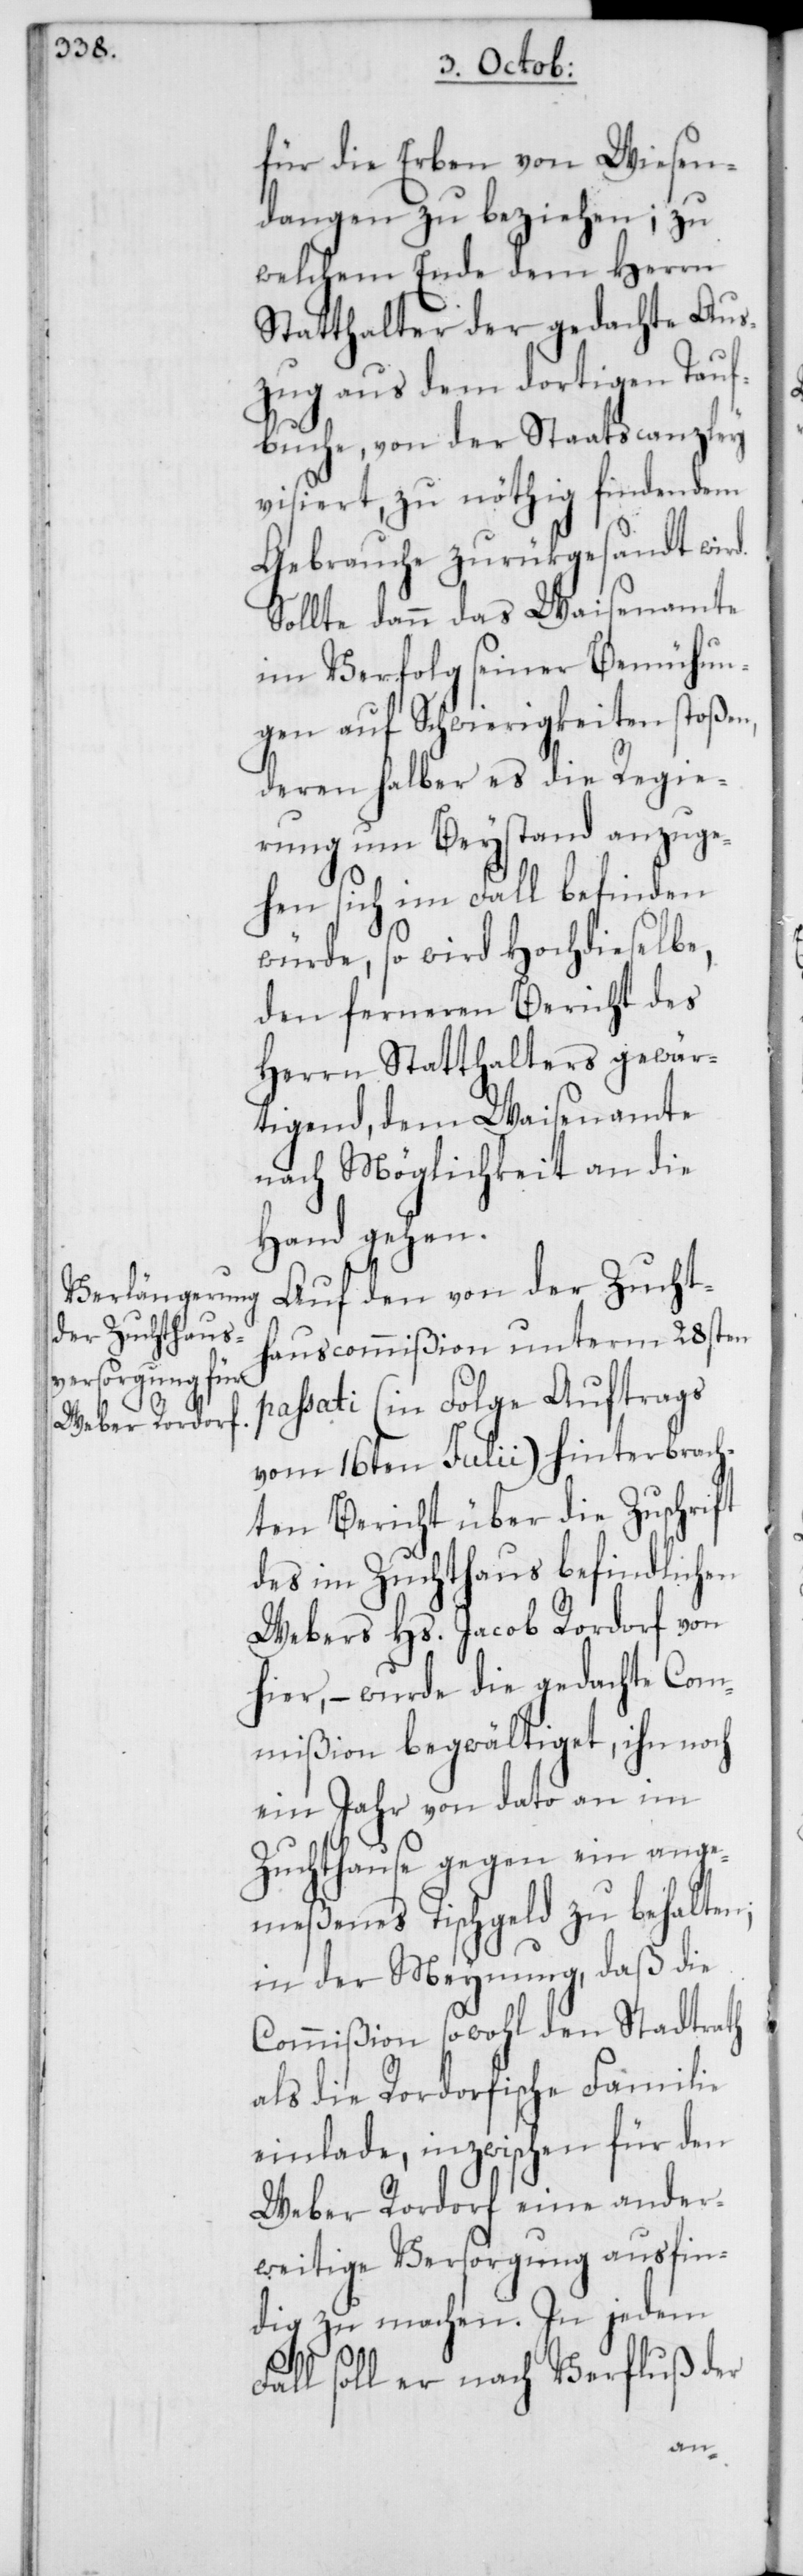
für die Erben von Wiesen¬
dangen zu beziehen; zu
welchem Ende dem Herrn
Statthalter der gedachte Aus¬
zug aus dem dortigen Tauf¬
buche von der Staatscanzley
visiert, zu nöthig findendem
Gebrauche zurükgesandt wird.
Sollte dann das Waisenamte
im Verfolg seiner Bemühun¬
gen auf Schwierigkeiten stoßen,
deren halber es die Regie¬
rung um Beystand anzuge¬
hen sich im Fall befinden
würde, so wird Hochdieselbe,
den ferneren Bericht des
Herrn Statthalters gewär¬
tigend, dem Waisenamte
nach Möglichkeit an die
Hand gehen.
Auf den von der Zucht¬
hauscommißion unterm 28sten
passati (in Folge Auftrags
vom 16ten Julii) hinterbrach¬
ten Bericht über die Zuschrift
des im Zuchthaus befindlichen
Webers Hs. Jacob Rordorf von
hier, – wurde die gedachte Com¬
mißion begwältiget, ihn noch
ein Jahr von dato an im
Zuchthause gegen ein ange¬
meßenes Tischgeld zu behalten;
in der Meynung, daß die
Commißion sowohl den Stadtrath
als die Rordorfische Familie
einlade, inzwischen für den
Weber Rordorf eine ander¬
weitige Versorgung ausfin¬
dig zu machen. In jedem
Fall soll er nach Verfluß der